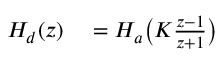
\begin{array} { r l } { H _ { d } ( z ) } & { { } = H _ { a } { \bigl ( } K { \frac { z - 1 } { z + 1 } } { \bigr ) } } \end{array}